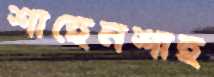
শাহেনশাহ